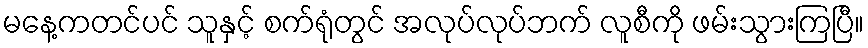
မနေ့ကတင်ပင် သူနှင့် စက်ရုံတွင် အလုပ်လုပ်ဘက် လူစီကို ဖမ်းသွားကြပြီ။